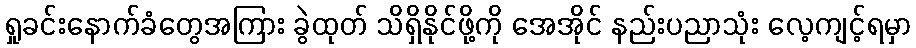
ရှုခင်းနောက်ခံတွေအကြား ခွဲထုတ် သိရှိနိုင်ဖို့ကို အေအိုင် နည်းပညာသုံး လေ့ကျင့်ရမှာ